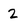
Character: 2